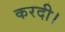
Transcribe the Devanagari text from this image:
करदी।